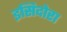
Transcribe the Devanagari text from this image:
इसिदोरा